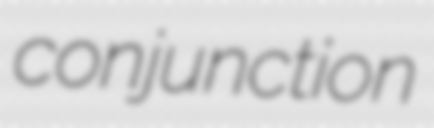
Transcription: conjunction